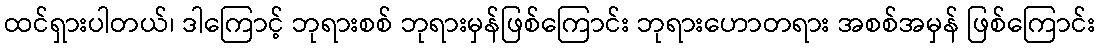
ထင်ရှားပါတယ်၊ ဒါကြောင့် ဘုရားစစ် ဘုရားမှန်ဖြစ်ကြောင်း ဘုရားဟောတရား အစစ်အမှန် ဖြစ်ကြောင်း